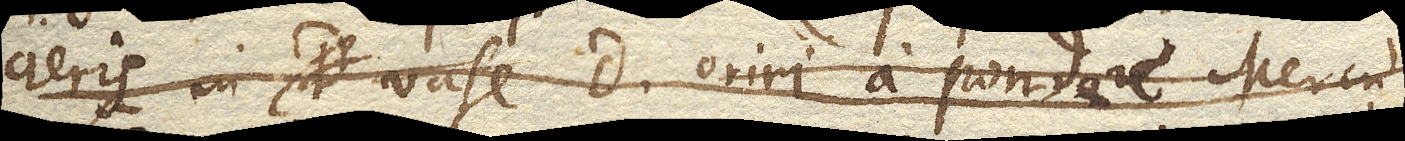
aeris in vase D. oriri a pondere Mercu